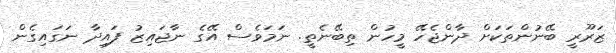
ޒަރޫރީ ބޭނުންތަކަށް ދާންޖެހޭ މީހުން ތިބޭނެތީ. ނަމަވެސް އޭގެ ނާޖައިޒު ފައިދާ ނަގައިގެން